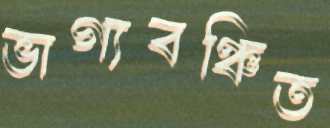
ভাগ্যবঞ্চিত